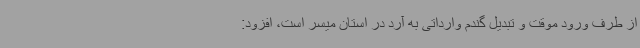
از طرف ورود موقت و تبدیل گندم وارداتی به آرد در استان میسر است، افزود: